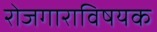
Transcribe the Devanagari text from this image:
रोजगाराविषयक